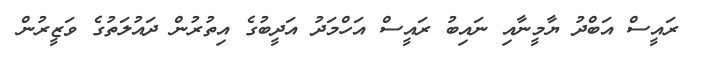
ރައީސް އަބްދު ޔާމީނާއި ނައިބު ރައީސް އަހްމަދު އަދީބުގެ އިތުރުން ދައުލަތުގެ ވަޒީރުން